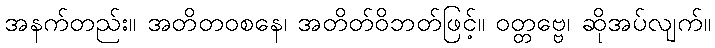
အနက်တည်း။ အတိတဝစနေ၊ အတိတ်ဝိဘတ်ဖြင့်။ ဝတ္တဗ္ဗေ၊ ဆိုအပ်လျက်။